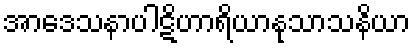
အာဒေသနာပါဋိဟာရိယာနုသာသနိယာ